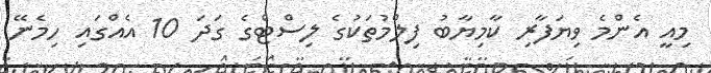
މިއީ އެންމެ ވިޔަފާރި ކާމިޔާބު ފިލްމުތަކުގެ ލިސްޓްގެ ގަދަ 10 އެއްގައި ހިމެނޭ